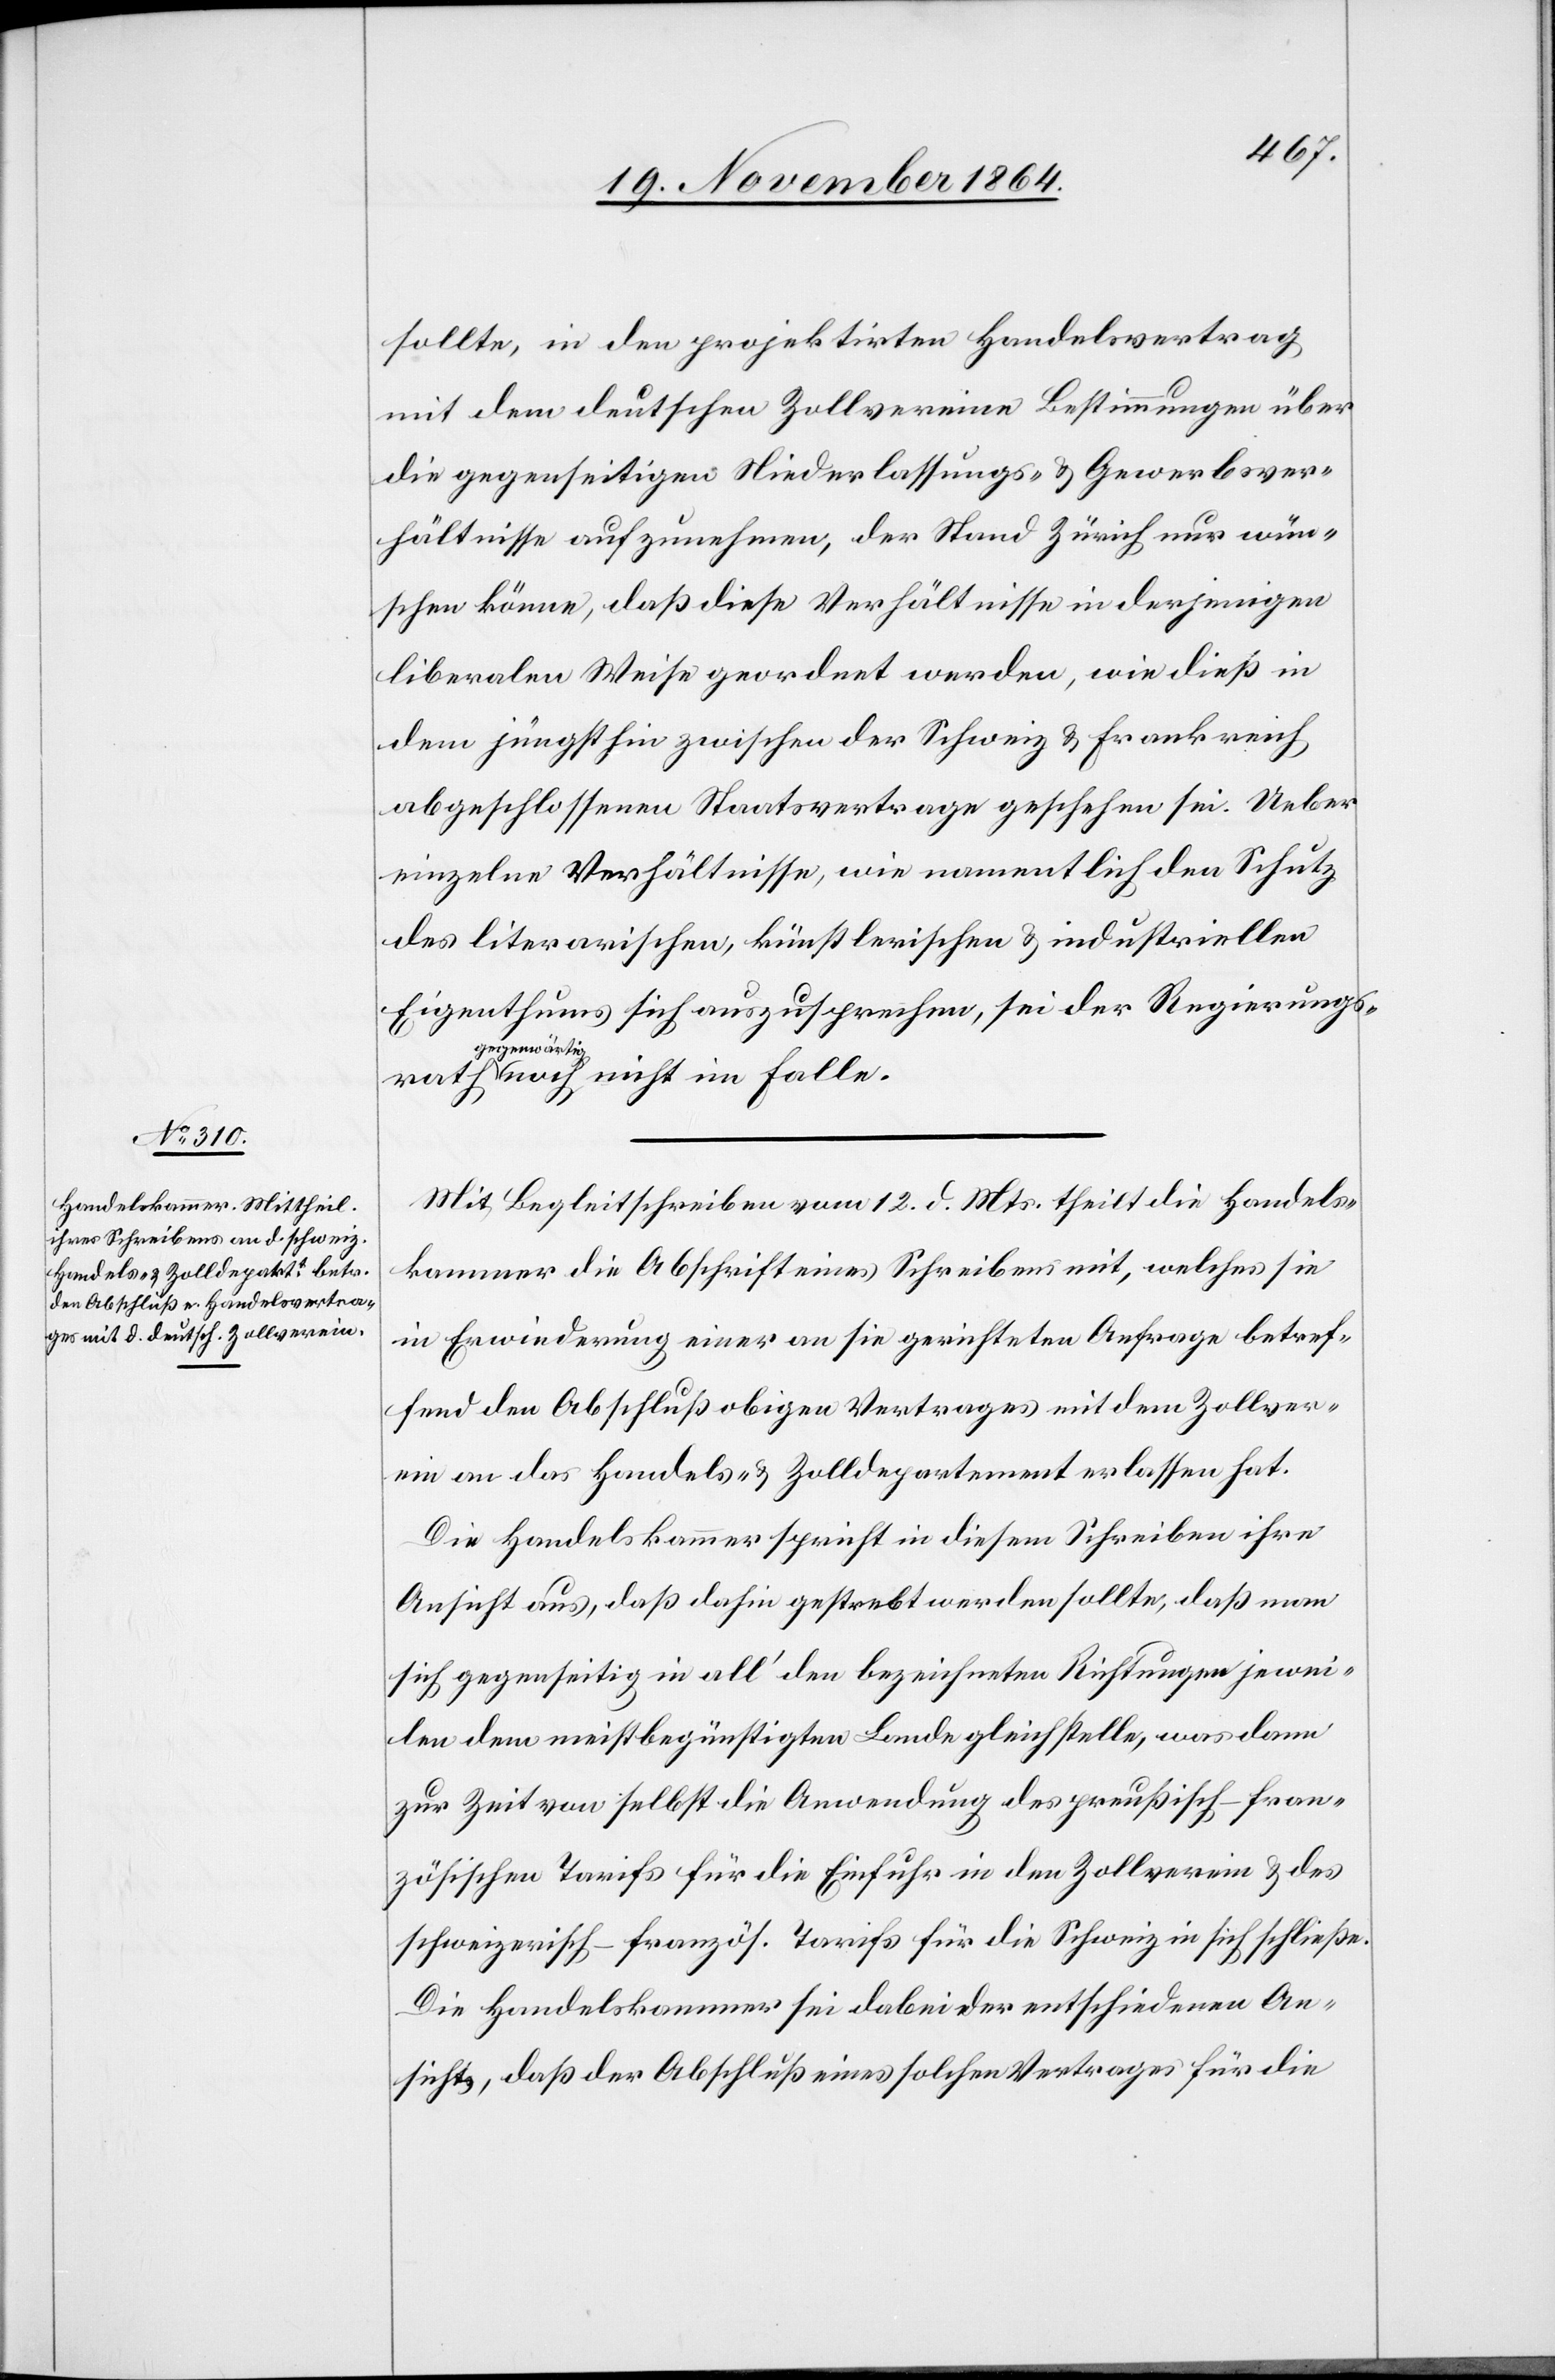
sollte, in dem projektirten Handelsvertrag
mit dem deutschen Zollvereine Bestimmungen über
die gegenseitigen Niederlassungs- & Gewerbsver¬
hältnisse aufzunehmen, der Stand Zürich nur wün¬
schen könne, daß diese Verhältnisse in derjenigen
liberalen Weise geordnet werden, wie dieß in
dem jüngsthin zwischen der Schweiz & Frankreich
abgeschlossenen Staatsvertrage geschehen sei. Ueber
einzelne Verhältnisse, wie namentlich den Schutz
des literarischen, künstlerischen & industriellen
Eigenthums sich auszusprechen, sei der Regierungsrath
a-gegenwärti¬
g-a noch nicht im Falle.
Mit Begleitschreiben vom 12. d. Mts. theilt die Handels¬
kammer die Abschrift eines Schreibens mit, welches sie
in Erwiederung einer an sie gerichteten Anfrage betref¬
fend den Abschluß obigen Vertrages mit dem Zollver¬
ein an das Handels- & Zolldepartement erlassen hat.
Die Handelskammer spricht in diesem Schreiben ihre
Ansicht aus, daß dahin gestrebt werden sollte, daß man
sich gegenseitig in all’ den bezeichneten Richtungen jewei¬
len dem meistbegünstigten Lande gleichstelle, was dann
zur Zeit von selbst die Anwendung des preußisch-fran¬
zösischen Tarifs für die Einfuhr in den Zollverein & des
schweizerisch-französ. Tarifs für die Schweiz in sich schließe.
Die Handelskammer sei dabei der entschiedenen An¬
sicht, daß der Abschluß eines solchen Vertrages für die